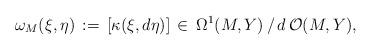
LaTeX: \begin{align*} \omega_{M}(\xi,\eta)\,:=\,[\kappa(\xi,d\eta)]\,\in\,\Omega^1(M,Y)\,/\,d\,{\mathcal O}(M,Y),\end{align*}